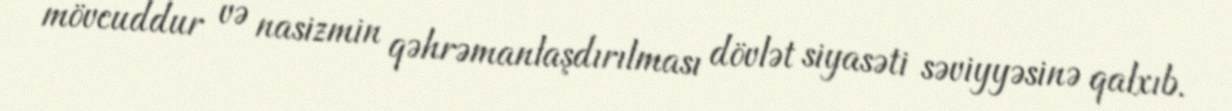
mövcuddur və nasizmin qəhrəmanlaşdırılması dövlət siyasəti səviyyəsinə qalxıb.